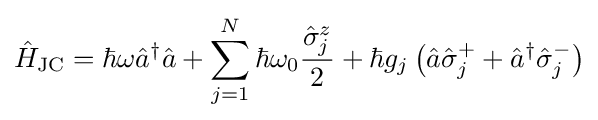
{\hat {H}}_{\text{JC}}=\hbar \omega {\hat {a}}^{\dagger }{\hat {a}}+\sum _{j=1}^{N}{\hbar \omega _{0}{\frac {{\hat {\sigma }}_{j}^{z}}{2}}+\hbar g_{j}\left({\hat {a}}{\hat {\sigma }}_{j}^{+}+{\hat {a}}^{\dagger }{\hat {\sigma }}_{j}^{-}\right)}